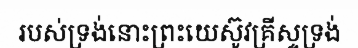
របស់ទ្រង់នោះព្រះយេស៊ូវគ្រីស្ទទ្រង់